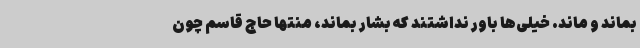
بماند و ماند. خیلی‌ها باور نداشتند که بشار بماند، منتها حاج قاسم چون